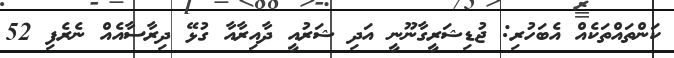
ކަންތައްތަކެއް އެބަހުރި: ޖުޑިޝަރީގާނޫނީ އަދި ޝަރުއީ ދާއިރާއާ ގުޅޭ ދިރާސާއެއް ނެރެފި 52